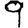
Digit: 9